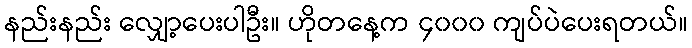
နည်းနည်း လျှော့ပေးပါဦး။ ဟိုတနေ့က ၄၀၀၀ ကျပ်ပဲပေးရတယ်။